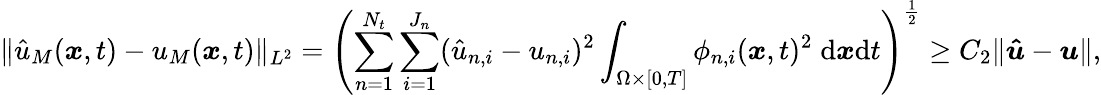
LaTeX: \| \hat{u}_{M}(\boldsymbol{x},t)-u_{M}(\boldsymbol{x},t)\| _{L^{2}}=\left(\sum_{n=1}^{N_{t}}\sum_{i=1}^{J_{n}}(\hat{u}_{n,i}-u_{n,i})^{2}\int_{\Omega\times[0,T]}\phi_{n,i}(\boldsymbol{x},t)^{2}\; \mathrm{d}\boldsymbol{x}\mathrm{d}t\right)^{\frac{1}{2}}\ge C_{2}\| \boldsymbol{\hat{u}}-\boldsymbol{u}\| ,